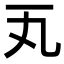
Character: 𪜂